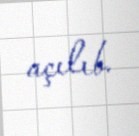
açılıb.